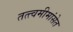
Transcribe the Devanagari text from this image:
तत्त्वमीमांसेत